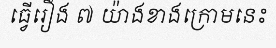
ធ្វើរឿង ៧ យ៉ាងខាងក្រោមនេះ